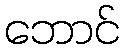
ဘောင်